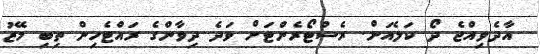
އާދެވިއްޖެ ދޯ ކަލެއަށް. ރެސްޓޯރެންޓަށް ވަދެ ދިވާންގެ ރައްޓެހިން ތިބި މޭޒު